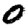
Digit: 0